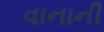
વાનાની